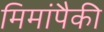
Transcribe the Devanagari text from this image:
मिमांपैकी